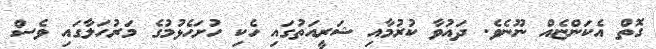
ގޮތް އެކަންޏެއް ނޫނެވެ. ދައުވާ ކުރުމާއި ޝަރީއަތުގައި ހެކި ހުށަހެޅުމުގެ މަރުހަލާގައި ވެސް